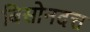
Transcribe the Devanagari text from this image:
बिसोनदत्त